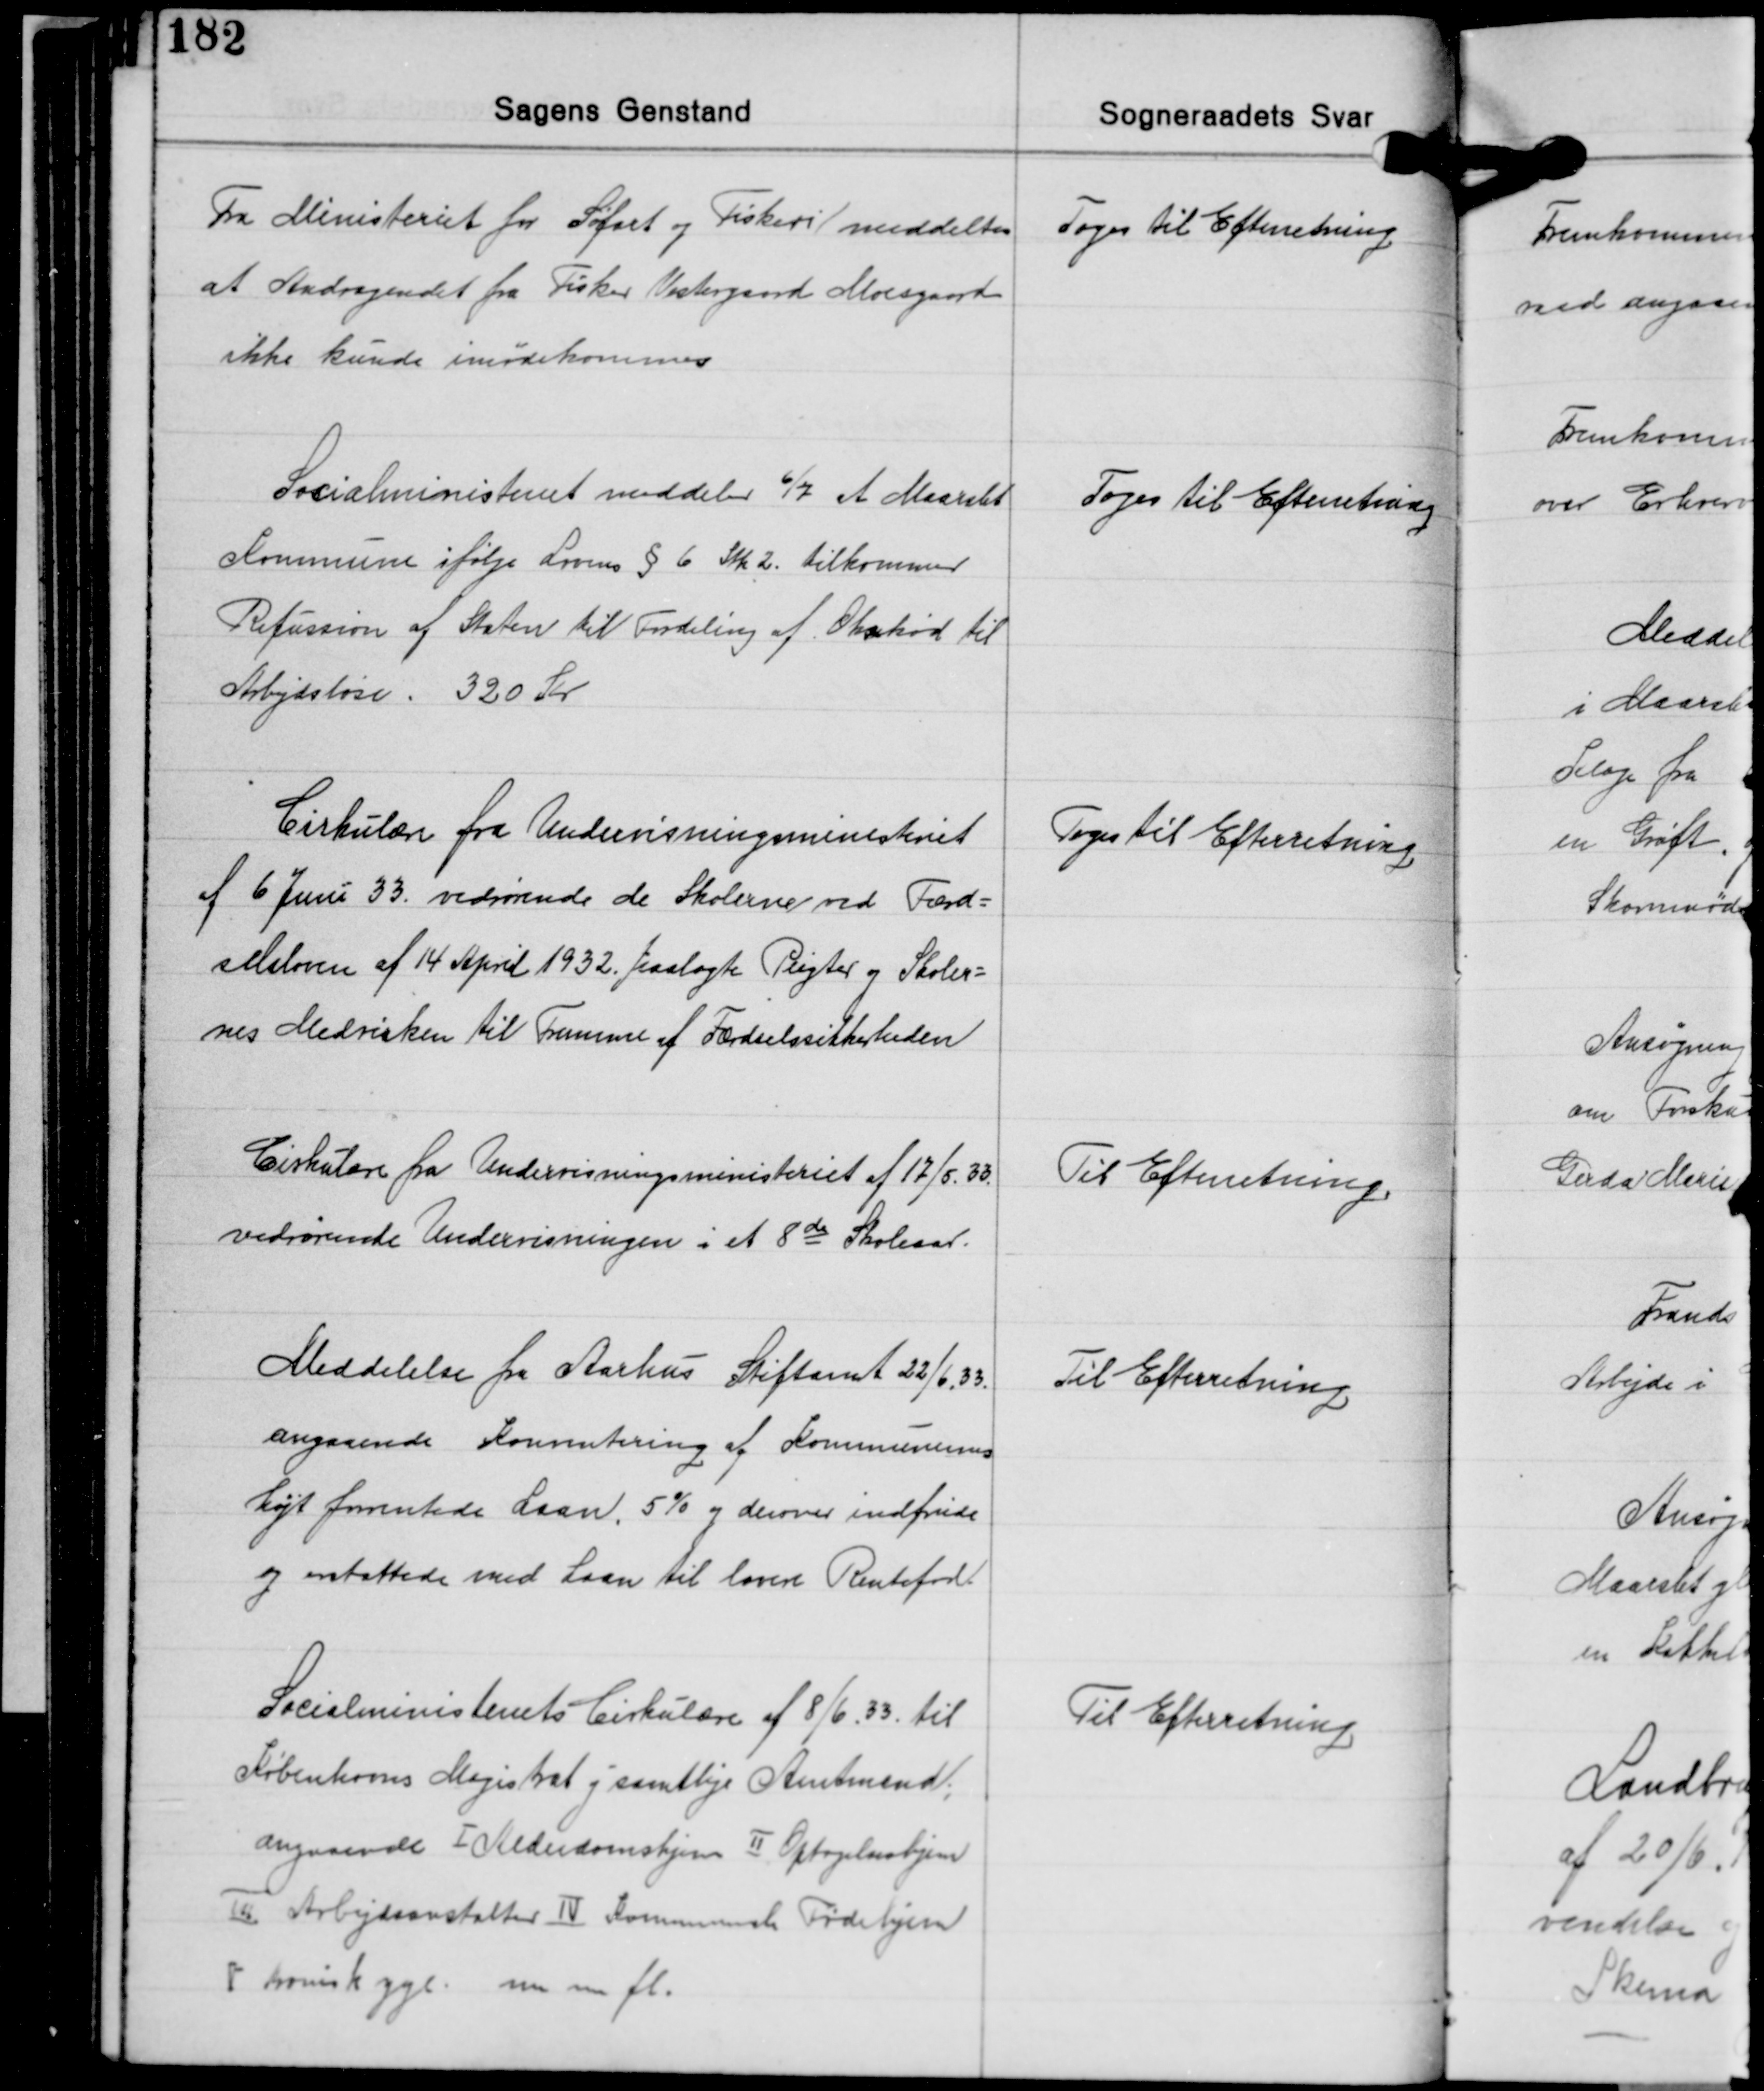
Transskription:
Fra Ministeriet for Søfart og Fiskeri meddeltes
at Andragendet fra Fisker Vestergaard Moesgaard
ikke kunde imødekommes

Toges til Efterretning

Socialministeriet meddeler 6/7 at Maarslet
Kommune ifølge Lovens § 6 Stk. 2. tilkommer
Refussion af Staten til Fordeling af Oksekød til
Arbejdsløse 320 Kr.

Toges til Efterretning

Cirkulære fra Undervisningsministeriet
af 6 Juni 33. vedrørende de Skolerne ved Færd-
selsloven af 14 April 1932. paaslagte Pligter og Skoler-
nes Medvirken til Fremme af Færdselssikkerheden

Toges til Efterretning

Cirkulære fra Undervisningsministeriet af 17/5. 33
vedrørende Undervisningen i et 8de Skoleaar.

Til Efterretning

Meddelelse fra Aarhus Stiftamt 22/6 33
angaaende Konvertering af Kommunens
højt forrentede Laan, 5% og derover indfriede
og erstattede med Laan til lavere Rentefod

Til Efterretning

Socialministeriets Cirkulære af 8/6 33 til
Københavns Magistrat og samtlige Amtmænd
angaaende Ⅰ Alderdomshjem Ⅱ Optagelseshjem
Ⅲ Arbejdsanstalter Ⅳ Kommunale Fødehjem
Ⅴkronisk syge m. m. fl.

Til Efterretning